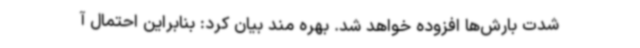
شدت بارش‌ها افزوده خواهد شد. بهره مند بیان کرد: بنابراین احتمال آ